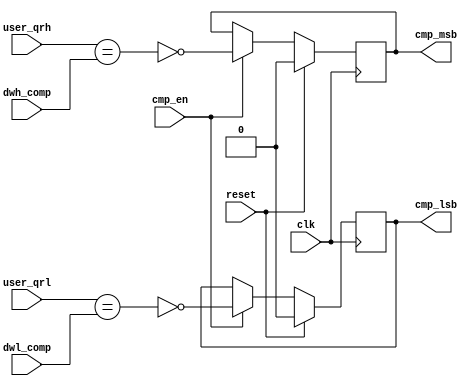
//*****************************************************************************
// DISCLAIMER OF LIABILITY
//
// This file contains proprietary and confidential information of
// Xilinx, Inc. ("Xilinx"), that is distributed under a license
// from Xilinx, and may be used, copied and/or disclosed only
// pursuant to the terms of a valid license agreement with Xilinx.
//
// XILINX IS PROVIDING THIS DESIGN, CODE, OR INFORMATION
// ("MATERIALS") "AS IS" WITHOUT WARRANTY OF ANY KIND, EITHER
// EXPRESSED, IMPLIED, OR STATUTORY, INCLUDING WITHOUT
// LIMITATION, ANY WARRANTY WITH RESPECT TO NONINFRINGEMENT,
// MERCHANTABILITY OR FITNESS FOR ANY PARTICULAR PURPOSE. Xilinx
// does not warrant that functions included in the Materials will
// meet the requirements of Licensee, or that the operation of the
// Materials will be uninterrupted or error-free, or that defects
// in the Materials will be corrected. Furthermore, Xilinx does
// not warrant or make any representations regarding use, or the
// results of the use, of the Materials in terms of correctness,
// accuracy, reliability or otherwise.
//
// Xilinx products are not designed or intended to be fail-safe,
// or for use in any application requiring fail-safe performance,
// such as life-support or safety devices or systems, Class III
// medical devices, nuclear facilities, applications related to
// the deployment of airbags, or any other applications that could
// lead to death, personal injury or severe property or
// environmental damage (individually and collectively, "critical
// applications"). Customer assumes the sole risk and liability
// of any use of Xilinx products in critical applications,
// subject only to applicable laws and regulations governing
// limitations on product liability.
//
// Copyright 2006, 2007, 2008 Xilinx, Inc.
// All rights reserved.
//
// This disclaimer and copyright notice must be retained as part
// of this file at all times.
//*****************************************************************************
//   ____  ____
//  /   /\/   /
// /___/  \  /    Vendor             : Xilinx
// \   \   \/     Version            : 3.6.1
//  \   \         Application        : MIG
//  /   /         Filename           : qdrii_test_cmp_data.v
// /___/   /\     Timestamp          : 15 May 2006
// \   \  /  \    Date Last Modified : $Date: 2010/11/26 18:26:07 $
//  \___\/\___\
//
//Device: Virtex-5
//Design: QDRII
//
//Purpose:
//    This module
//       1. Incorporates a one bit comparision scheme.
//
//Revision History:
//
//*****************************************************************************

`timescale 1ns/1ps

module qdrii_test_cmp_data
  (
  input      clk,
  input      reset,
  input      cmp_en,
  input      user_qrh,
  input      user_qrl,
  input      dwh_comp,
  input      dwl_comp,
  output reg cmp_lsb,
  output reg cmp_msb
  );

   always@(posedge clk)
     begin
       if(reset)begin
          cmp_lsb <= 1'b0;
          cmp_msb <= 1'b0;
       end else if(cmp_en) begin
          cmp_lsb <= ~(user_qrl == dwl_comp);
          cmp_msb <= ~(user_qrh == dwh_comp);
       end
     end

endmodule